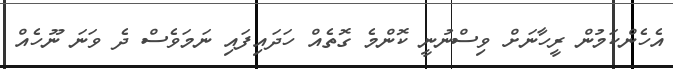
އެހެންކަމުން ރީހާނަށް ވިސްނުނީ ކޮންމެ ގޮތެއް ހަދައިފައި ނަމަވެސް ދެ ވަނަ ނޫހެއް